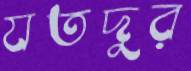
যতদুর